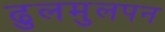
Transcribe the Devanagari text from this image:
ढुलमुलपन